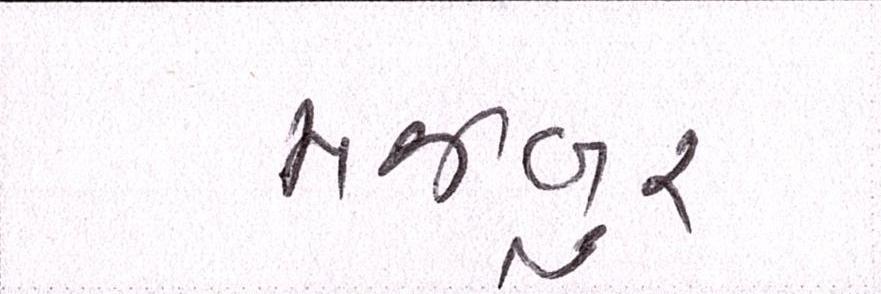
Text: મજબુર